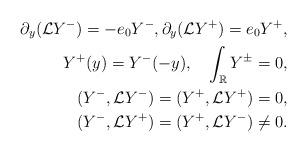
LaTeX: \begin{align*}\partial_y(\mathcal{L}Y^-)=-e_0Y^-,\partial_y(\mathcal{L}\textbf{}Y^+)=e_0Y^+,\\Y^{+}(y)=Y^-(-y),\quad\int_{\mathbb{R}}Y^\pm=0,\\(Y^-,\mathcal{L}Y^-)=(Y^+,\mathcal{L}Y^+)=0,\\(Y^-,\mathcal{L}Y^+)=(Y^+,\mathcal{L}Y^-)\not=0.\end{align*}